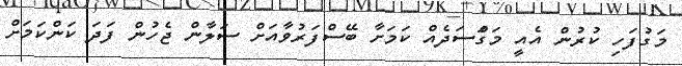
މަގުފަހި ކުރުން އެއީ މަގަްސަދެއް ކަމަށާ ބޭސްފަރުވާއަށް ސަލާން ޖެހުން ފަދަ ކަންކަމަށް